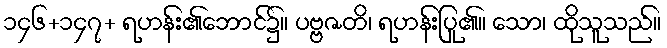
၁၄၆+၁၄၇+ ရဟန်း၏ဘောင်၌။ ပဗ္ဗဇတိ၊ ရဟန်းပြု၏။ သော၊ ထိုသူသည်။